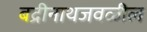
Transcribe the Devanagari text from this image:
बद्रीनाथजवळील